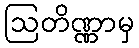
ဩတိဏ္ဏာမှ